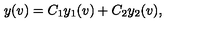
y ( v ) = C _ { 1 } y _ { 1 } ( v ) + C _ { 2 } y _ { 2 } ( v ) ,